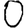
Digit: 0